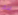
ابتكر